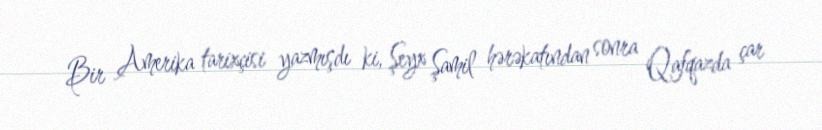
Bir Amerika tarixçisi yazmışdı ki, Şeyx Şamil hərəkatından sonra Qafqazda çar